Annual report on the Civil Veterinary Department, Burma (including the Insein Veterinary School) - 1932-1941
Year: 1932
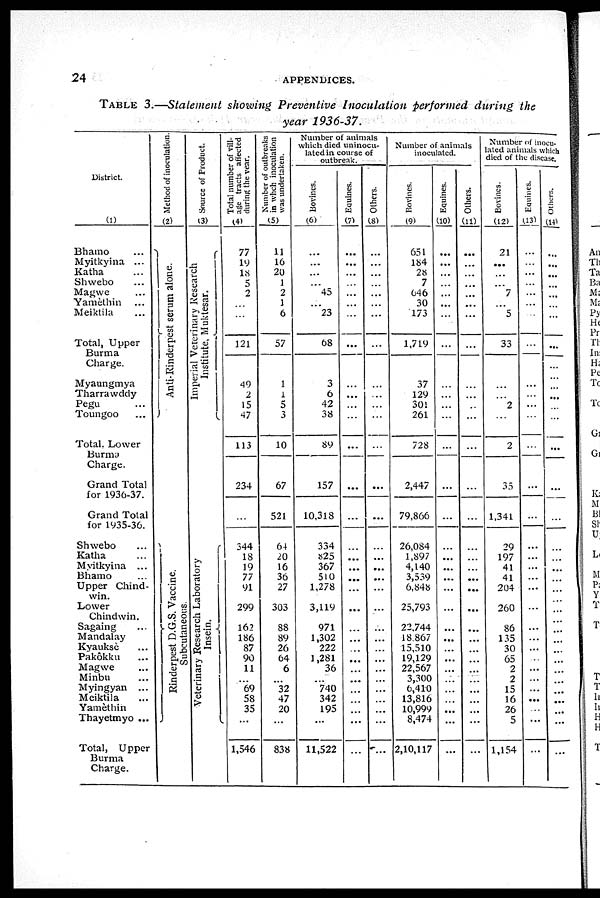
24
APPENDICES.
TABLE
3.—Statement showing Preventive
Inoculation
performed
during
the
year
1936-37.
District.
(1)
Bhamo
...
Myitkyina ...
Katha ...
Shwebo ...
Magwe ...
Yamèthin ...
Meiktila ...
Total, Upper
Burma
Charge.
Myaungmya
Tharrawddy
Pegu ...
Toungoo ...
Total, Lower
Charge.
Grand Total
for 1936-37.
Grand Total
for 1935-36.
Shwebo ...
Katha ...
Myitkyina ...
Bhamo ...
Upper Chind-
win.
Lower
Chindwin.
Sagaing ...
Mandalay
Kyauksè ...
Pakôkku ...
Magwe ...
Minbu ...
Myingyan ...
Meiktila ...
Yamèthin ...
Thayetmyo ...
Total, Upper
Burma
Charge.
Method of inoculation
(2)
Anti-Rinderpest serum alone.
Rinderpest D.G.S. Vaccine.
Subcutaneous.
Source of Product.
(3)
Imperial Veterinary Research
Institute, Muktesar.
Veterinary Research Laboratory
Insein.
Total number of vill-
age tracts affected
during the year.
(4)
77
19
18
5
2
...
...
121
49
2
15
47
113
234
...
344
18
19
77
91
299
162
186
87
90
11
...
69
58
35
...
1,546
Number of outbreaks
in whch inoculation
was undertaken.
(5)
11
16
20
1
2
1
6
57
1
1
5
3
10
67
521
64
20
16
36
27
303
88
89
26
64
6
...
32
47
20
...
838
Number of animals
which died uninocu-
lated in course of
outbreak.
Bovines.
(6)
...
...
...
...
45
...
23
68
3
6
42
38
89
157
10,318
334
825
367
510
1,278
3,119
971
1,302
222
1,281
36
...
740
342
195
...
11,522
Equines.
(7)
...
...
...
...
...
...
...
...
...
...
...
...
...
...
...
...
...
...
...
...
...
...
...
...
...
...
...
...
...
...
...
Others.
(8)
...
...
...
...
...
...
...
...
...
...
...
...
...
...
...
...
...
...
...
...
...
...
...
...
...
...
...
...
...
...
...
Number of animals
inoculated.
Bovines.
(9)
651
184
28
7
646
30
173
1,719
37
129
301
261
728
2,447
79,866
26,084
1,897
4,140
3,539
6,848
25,793
22,744
18,867
15,510
19,129
22,567
3,300
6,410
13,816
10,999
8,474
2,10,117
Equines.
(10)
...
...
...
...
...
...
...
...
...
...
...
...
...
...
...
...
...
...
...
...
...
...
...
...
...
...
...
...
...
...
...
...
Others.
(11)
...
...
...
...
...
...
...
...
...
...
...
...
...
...
...
...
...
...
...
...
...
...
...
...
...
...
...
...
...
...
...
...
Number of inocu-
lated animals which
died of the disease.
Bovines.
(12)
21
...
...
...
7
...
5
33
...
...
2
...
2
35
1,341
29
197
41
41
204
260
86
135
30
65
2
2
15
16
26
5
1,154
Equines.
(13)
...
...
...
...
...
...
...
...
...
...
...
...
...
...
...
...
...
...
...
...
...
...
...
...
...
...
...
...
...
...
...
...
Others.
(14)
...
...
...
...
...
...
...
...
...
...
...
...
...
...
...
...
...
...
...
...
...
...
...
...
...
...
...
...
...
...
...
...
...